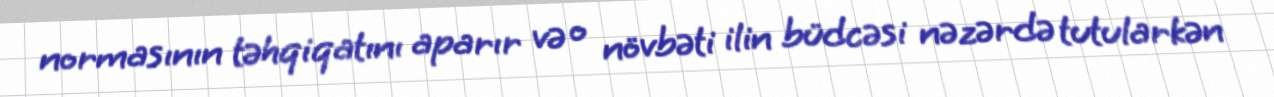
normasının təhqiqatını aparır və o növbəti ilin büdcəsi nəzərdə tutularkən